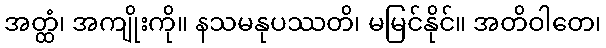
အတ္ထံ၊ အကျိုးကို။ နသမနုပဿတိ၊ မမြင်နိုင်။ အတိဝါတေ၊